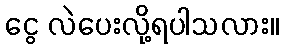
ငွေ လဲပေးလို့ရပါသလား။